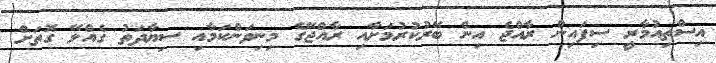
އިސްތިއުމާރީ ސިފައިން ރާއްޖެ އިން ބޭރުކުރުމަށާއި ރާއްޖޭގެ މިނިވަންކަމާއި ސިޔާދަތު ގެއްލޭ ގޮތަށް